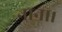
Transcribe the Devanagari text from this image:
नाना।